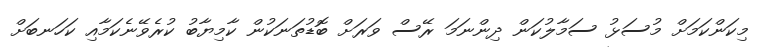
މިކަންކަމަށް މުސަޅު ސަމާލުކަން ދިންނަމަ ރޭސް ވަރަށް ބޮޑުތަނަކުން ކާމިޔާބު ކުރެވޭނެކަމާއި ކަހަނބަށް